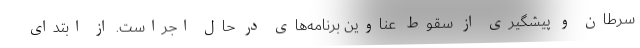
سرطان و پیشگیری از سقوط عناوین برنامه‌های در حال اجراست. از ابتدای